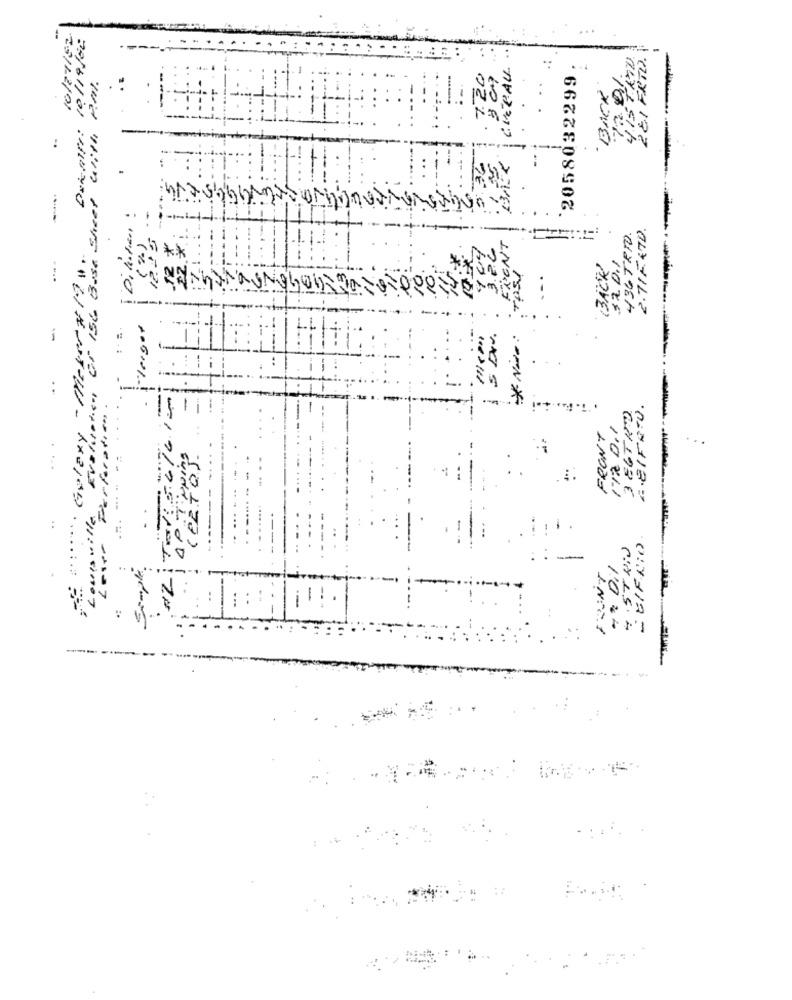
10/11/52
10/19/82
EL FRID.
CHECALL
`2058032299
Evaluation Er 156 Base Sheet with P.M .
BACK
.-
2.71F.ATD.
Galaxy - Meter# 1!".
RENT
436 TRIO.
$20.1
(BACK)
i-leger
* Nice:
3 86TRO
G .EIFRTO.
FRONT
IT D.1
for at
- BIFRIO
T.
STUND
D.
:
: